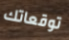
توقعاتك